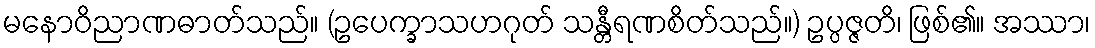
မနောဝိညာဏဓာတ်သည်။ (ဥပေက္ခာသဟဂုတ် သန္တီရဏစိတ်သည်။) ဥပ္ပဇ္ဇတိ၊ ဖြစ်၏။ အဿာ၊